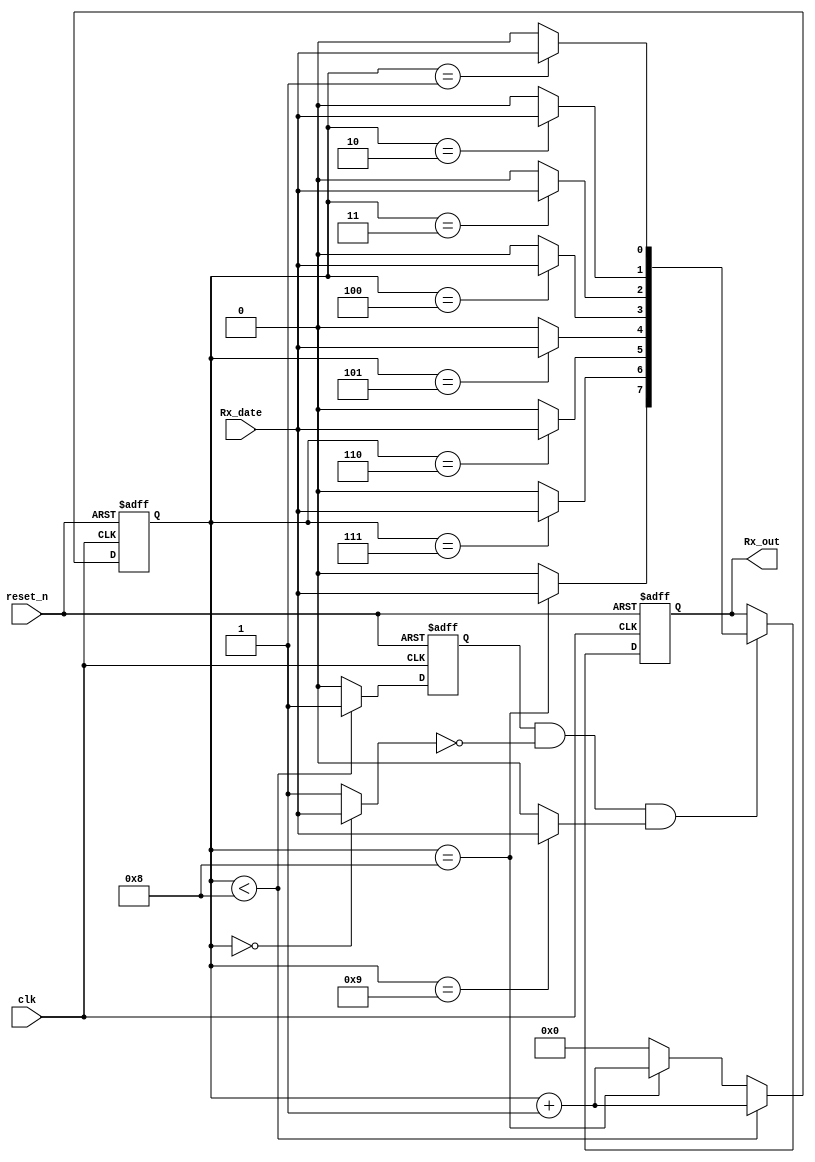
module RX_IEEE(
    input  clk, reset_n, 
    input  Rx_date,        // Receive date from Transimiter
    output [7:0] Rx_out 
    );
    
    reg enable_rx ;
    reg [9:0] date ;
    reg [3:0] bit_count ;  // Count the received bits 
    reg [7:0] d_reg ;      // Parallel register to store received data

     // Counter from 0 to 9
        
    always @(posedge clk or negedge reset_n) begin
           if (!reset_n) begin
               bit_count <= 4'b0 ;
               enable_rx <= 0 ;
           end
            
           else begin 
               if (bit_count < 4'b1000) begin
                   bit_count <= bit_count + 1 ;
                   enable_rx <= 1 ;
               end
               
               else if (bit_count == 4'b1000) begin
                   bit_count = bit_count +1 ;
                   enable_rx <= 0 ;
                end    
                           
               else begin
                   bit_count <= 4'b0000 ;
                   enable_rx <= 0 ;
               end    
           end
     end
     
     // de_mux recieve the serial date 
     
    always @(*) 
    begin 
        date = 10'b0_0000_0000_1 ;
       case(bit_count) 
           0: date[0] = Rx_date ;
           1: date[1] = Rx_date ;
           2: date[2] = Rx_date ;
           3: date[3] = Rx_date ;
           4: date[4] = Rx_date ;
           5: date[5] = Rx_date ;
           6: date[6] = Rx_date ;
           7: date[7] = Rx_date ;
           8: date[8] = Rx_date ;
           9: date[9] = Rx_date ; 
            default : date = 10'b0_0000_0000_1 ;
       endcase   
   end
   
   // Parallel register load  
   
  always @(posedge clk, negedge reset_n)
   begin
      if(!reset_n) 
          d_reg <= 'b0 ;
      else if (enable_rx == 1 && date[0] == 0 && date[9] == 1) // To detect start bit and end bit 
          {d_reg[7:0]} <= {date [8:1]} ;
      else
          d_reg <= d_reg ;  
   end
   
   assign {Rx_out} = {d_reg} ;
   
endmodule